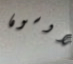
لاوسون